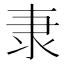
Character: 𮥴